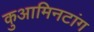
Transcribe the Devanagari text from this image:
कुआमिनटांग